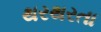
થરથરતા